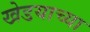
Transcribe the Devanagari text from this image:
खेडयाच्या